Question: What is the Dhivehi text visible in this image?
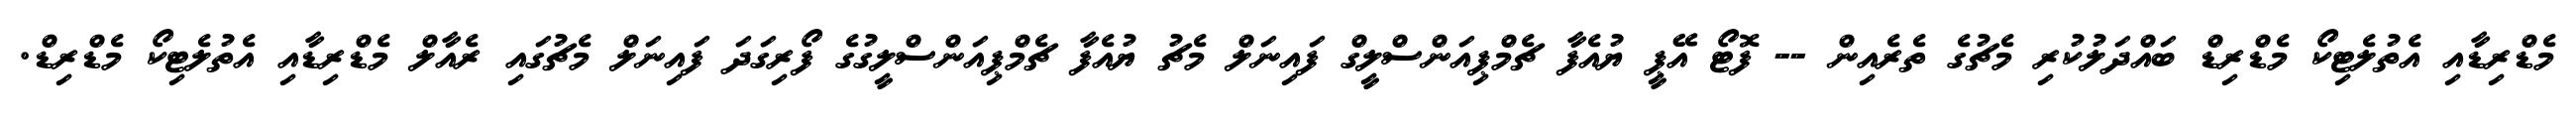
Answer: މެޑްރިޑާއި އެތުލެޓިކޯ މެޑްރިޑް ބައްދަލުކުރި މެޗުގެ ތެރެއިން -- ފޮޓޯ އޭޕީ ޔުއެފާ ޗެމްޕިއަންސްލީގް ފައިނަލް މެޗު ޔުއެފާ ޗެމްޕިއަންސްލީގުގެ ފޯރިގަދަ ފައިނަލް މެޗުގައި ރެއާލް މެޑްރިޑާއި އެތުލެޓިކޯ މެޑްރިޑް.